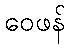
ဝေဖန်